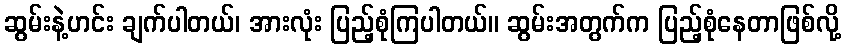
ဆွမ်းနဲ့ဟင်း ချက်ပါတယ်၊ အားလုံး ပြည့်စုံကြပါတယ်။ ဆွမ်းအတွက်က ပြည့်စုံနေတာဖြစ်လို့